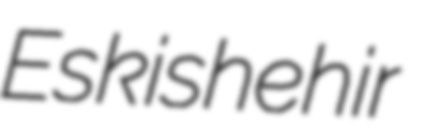
Eskishehir